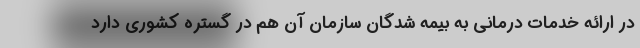
در ارائه خدمات درماني به بيمه شدگان سازمان آن هم در گستره كشوري دارد